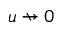
u \nrightarrow 0